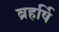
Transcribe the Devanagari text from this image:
ब्रहर्षि